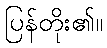
ပြန်တိုး၏။